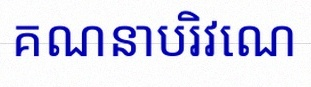
គណនាបរិវេណ